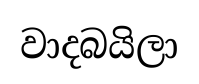
වාදබයිලා